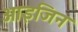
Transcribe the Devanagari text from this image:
आइजिन